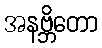
အနဗ္ဘိတော